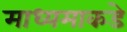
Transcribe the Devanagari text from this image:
माध्यमाकडे